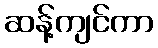
ဆန့်ကျင်ကာ